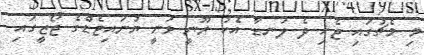
މި މެޗުގައި ޖެހި ދެ ލަނޑާ އެކު ރޫނީ ވަނީ ޔުނައިޓެޑްގެ ޖޯޒީގައި